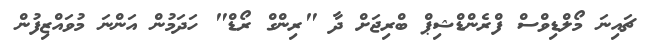
ޗައިނަ މޯލްޑިވްސް ފްރެންޑްޝިޕް ބްރިޖަށް ދާ "ރިންގް ރޯޑް" ހަދަމުން އަންނަ މުވައްޒިފުން